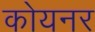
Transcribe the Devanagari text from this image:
कोयनर